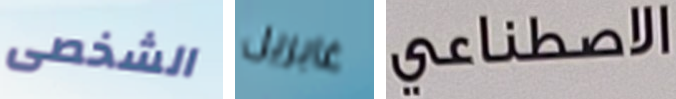
الشخصى غابريل الاصطناعي